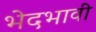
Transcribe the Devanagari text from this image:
भेदभावी